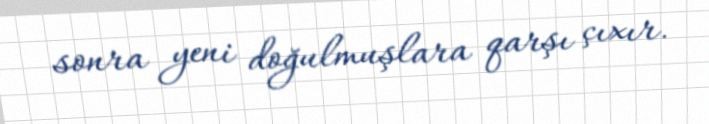
sonra yeni doğulmuşlara qarşı çıxır.